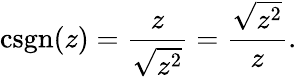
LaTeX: \operatorname{csgn}(z)={\frac{z}{\sqrt{z^{2}}}}={\frac{\sqrt{z^{2}}}{z}}.